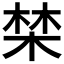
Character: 𣓏